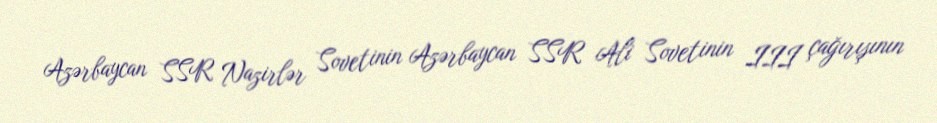
Azərbaycan SSR Nazirlər Sovetinin Azərbaycan SSR Ali Sovetinin III çağırışının